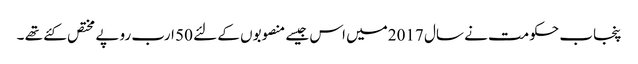
پنجاب حکومت نے سال 2017میں اس جیسے منصوبوں کے لئے 50 ارب روپے مختص کئے تھے ۔